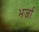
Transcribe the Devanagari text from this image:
भर्जा